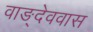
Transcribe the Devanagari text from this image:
वाङ्देववास